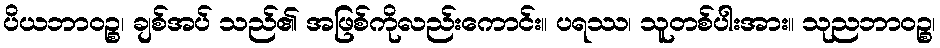
ပိယဘာဝဉ္စ၊ ချစ်အပ် သည်၏ အဖြစ်ကိုလည်းကောင်း။ ပရဿ၊ သူတစ်ပါးအား။ သုညဘာဝဉ္စ၊